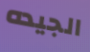
الجيده